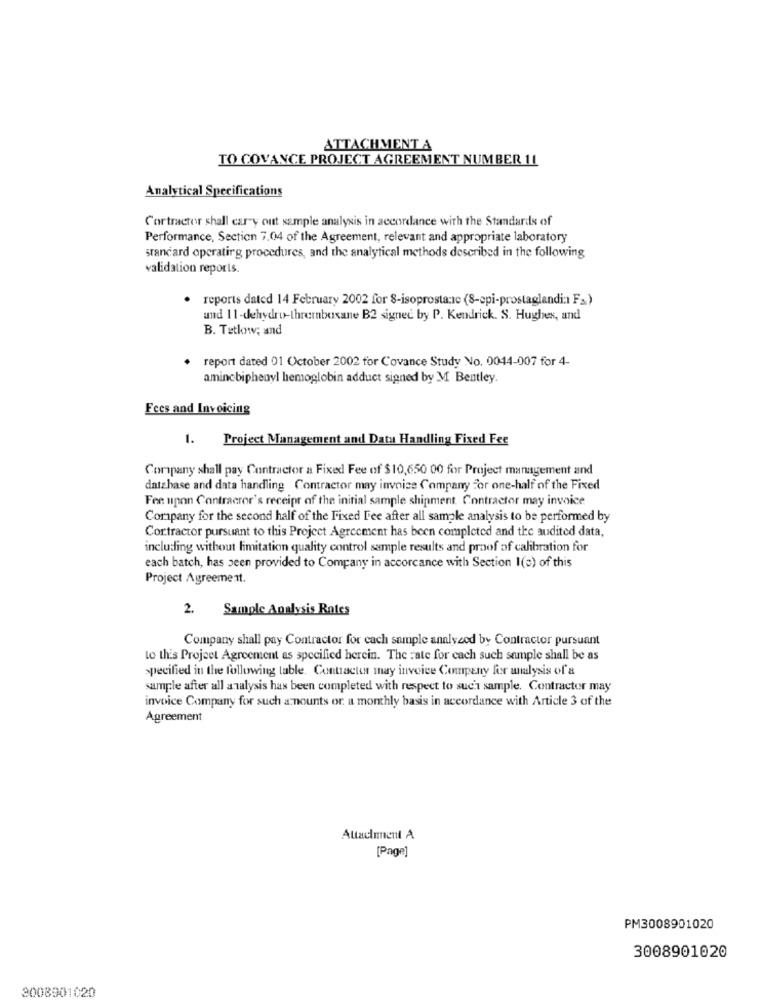
ATTACHMENT A
TO COVANCE PROJECT AGREEMENT NUMBER 11
Analytical Specifications
Cortractor shall carry out sample analysis in accordance with the Standards of
Performance, Section 7,04 of the Agreement, relevant and appropriate laboratory
standard operating procedures, and the analytical methods described in the following
validation reports.
reports dated 14 February 2002 for S-isoprostanie (8-epi-prostaglandi: Fa)
and 11-dehydro-thrembosane B2 signed by P. Kendrick. S. Hughes, and
B. Tetlow; and
report dated 01 October 2002 for Covance Study No. 0044-007 for 4-
amincbiphenyl hemoglobin adduct signed by M Bentley.
Fees and Invoicing
1. Project Management and Data Handling Fixed Fee
Company shall pay Contractor a Fixed Fee of $10,650 00 for Project management and
database and data handling Contractor may invoice Company for one-half of the Fixed
Fee upon Contracror's receipt of the initial sample shipment. Contractor may invoice
Company for the second half of the Fixed Fee after all sample analysis to be performed by
Contractor pursuant to this Project Agreement has been completed and the audited data,
including without limitation quality control sample results and proof of calibration for
each batch, has been provided to Company in accorcance with Section I(a) of this
Project Agreement.
2. Sample Analysis Rates
Company shall pay Contractor for each sample analyzed by Contractor pursuant
to this Project Agreement as specified herein. The rate for each such sample shall be as
specified in the following table. Contracter may invoice Company for analysis of a
sample after all analysis has been completed with respect to such sample. Contractor may
invoice Company for such amounts or a monthly basis in accordance with Article 3 of the
Agreement
Attachment A
[Page]
PM3008901020
3008901020
3008901020